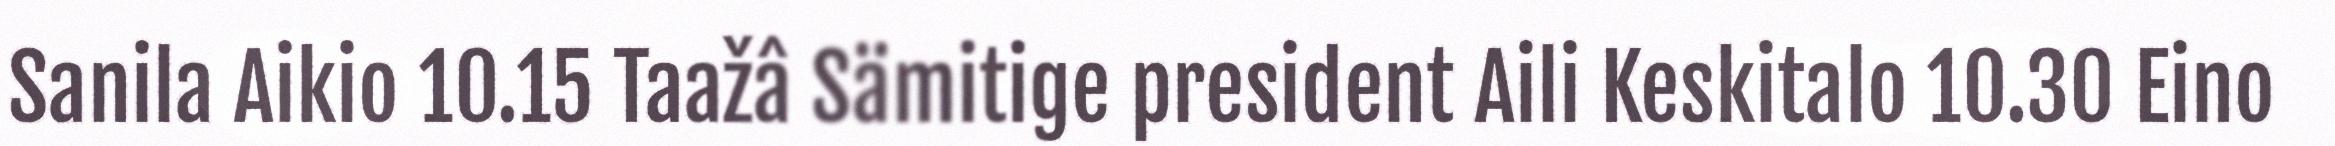
Sanila Aikio 10.15 Taažâ Sämitige president Aili Keskitalo 10.30 Eino